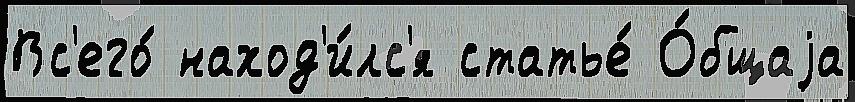
Вс'его́ наход'и́лс'я статье́ О́бщаjа